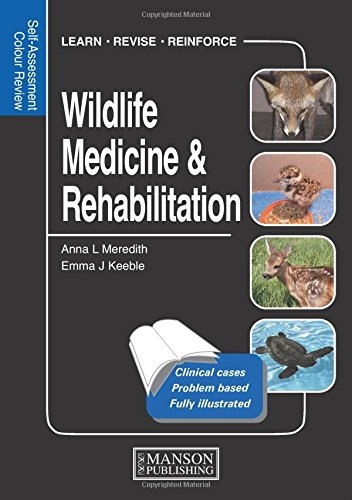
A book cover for Wildlife Medicine and Rehabilitation: Self-Assessment Color Review (Veterinary Self-Assessment Color Review Series); Anna Meredith; Medical Books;